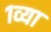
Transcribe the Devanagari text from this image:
१व्या